Indian journal of veterinary science and animal husbandry - Volume 10,
Year: 1940
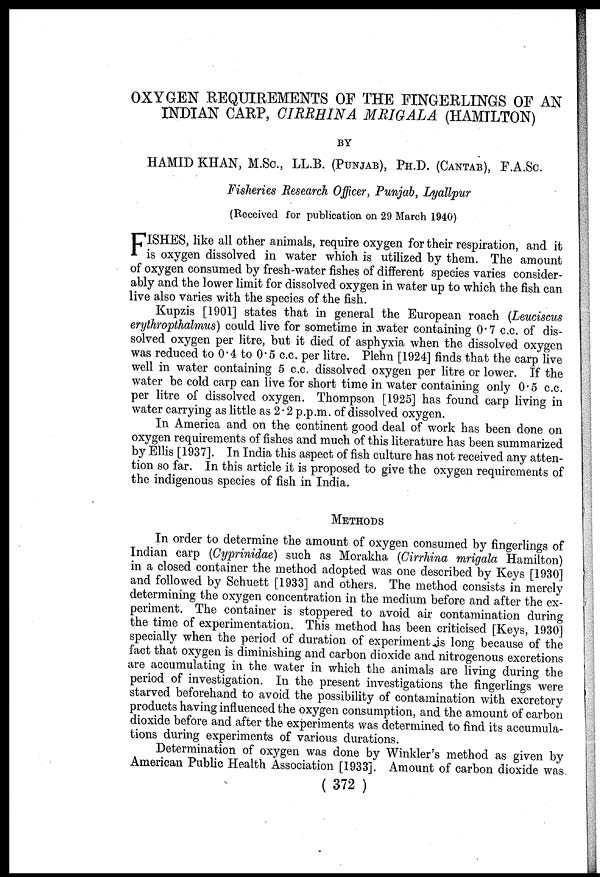
OXYGEN REQUIREMENTS OF THE FINGERLINGS OF AN
INDIAN CARP, CIRRHINA MRIGALA (HAMILTON)
BY
HAMID KHAN, M.Sc., LL.B. (PUNJAB), PH.D. (CANTAB), F.A.Sc.
Fisheries Research Officer, Punjab, Lyallpur
(Received for publication on 29 March 1940)
F ISHES, like all other animals, require oxygen for their respiration, and it
is oxygen dissolved in water which is utilized by them. The amount
of oxygen consumed by fresh-water fishes of different species varies consider-
ably and the lower limit for dissolved oxygen in water up to which the fish can
live also varies with the species of the fish.
Kupzis [1901] states that in general the European roach (Leuciscus
erythropthalmus) could live for sometime in water containing 0.7 c.c. of dis-
solved oxygen per litre, but it died of asphyxia when the dissolved oxygen
was reduced to 0.4 to 0.5 c.c. per litre. Plehn [1924] finds that the carp live
well in water containing 5 c.c. dissolved oxygen per litre or lower. If the
water be cold carp can live for short time in water containing only 0.5 c.c.
per litre of dissolved oxygen. Thompson [1925] has found carp living in
water carrying as little as 2.2 p.p.m. of dissolved oxygen.
In America and on the continent good deal of work has been done on
oxygen requirements of fishes and much of this literature has been summarized
by Ellis [1937]. In India this aspect of fish culture has not received any atten-
tion so far. In this article it is proposed to give the oxygen requirements of
the indigenous species of fish in India.
METHODS
In order to determine the amount of oxygen consumed by fingerlings of
Indian carp (Cyprinidae) such as Morakha (Cirrhina mrigala Hamilton)
in a closed container the method adopted was one described by Keys [1930]
and followed by Schuett [1933] and others. The method consists in merely
determining the oxygen concentration in the medium before and after the ex-
periment. The container is stoppered to avoid air contamination during
the time of experimentation. This method has been criticised [Keys, 1930]
specially when the period of duration of experiment is long because of the
fact that oxygen is diminishing and carbon dioxide and nitrogenous excretions
are accumulating in the water in which the animals are living during the
period of investigation. In the present investigations the fingerlings were
starved beforehand to avoid the possibility of contamination with excretory
products having influenced the oxygen consumption, and the amount of carbon
dioxide before and after the experiments was determined to find its accumula-
tions during experiments of various durations.
Determination of oxygen was done by Winkler's method as given by
American Public Health Association [1933]. Amount of carbon dioxide was
( 372 )